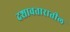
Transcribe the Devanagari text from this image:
दशावतारातील